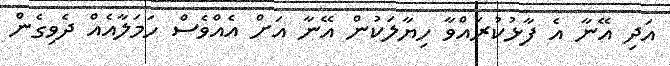
އަދި އޭނާ އެ ފާޅުކުރައްވާ ހިޔާލަކުން އޭނާ އަށް އެއްވެސް ހަމަލާއެއް ދެވިގެން